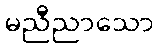
မညီညာသော